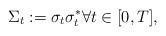
LaTeX: \begin{align*} \Sigma_t := \sigma_t\sigma_t^*\forall t\in [0,T],\end{align*}